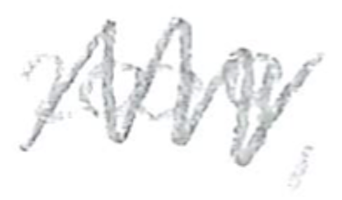
Text: 2009,
Cross-out: mix
Writing tool: pencil